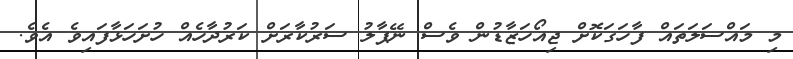
މި މައްސަލަތައް ފާހަގަކޮށް ޖިއޯހަޒާޑުން ވެސް ނޭޕާލު ސަރުކާރަށް ކަރުދާހެއް ހުށަހަޅާފައިވެ އެވެ.